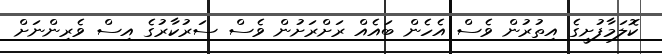
ކޮލަމާފުށީގެ އިތުރުން ވެސް އެހެން ބައެއް ރަށްރަށުން ވެސް ސަރުކާރުގެ އިސް ވެރިންނަށް